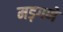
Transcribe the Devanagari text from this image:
मड़गणे